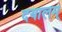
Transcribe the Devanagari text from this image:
दयालम्